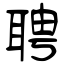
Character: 聘